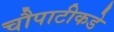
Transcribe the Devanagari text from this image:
चौपाटीकडे